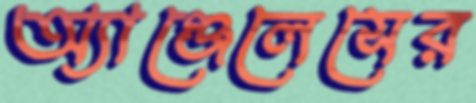
অ্যাঞ্জেলেসের